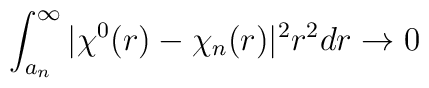
\int_{a_n}^\infty |\chi^0(r)-\chi_n(r)|^2 r^2dr \rightarrow 0